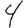
Digit: 4